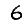
Digit: 6